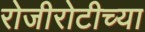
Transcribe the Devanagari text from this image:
रोजीरोटीच्या